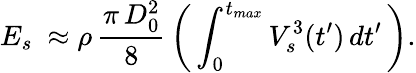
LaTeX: E_{s}\ \approx\rho\, \frac{\pi\, D_{0}^{2}}{8}\, \left(\, \int_{0}^{t_{max}}V_{s}^{3}(t^{\prime})\, dt^{\prime}\, \right).